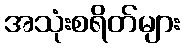
အသုံးစရိတ်များ